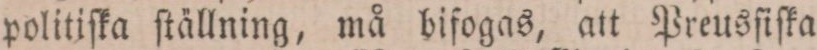
politiſka ſtällning, må bifogas, att Preusſiſka